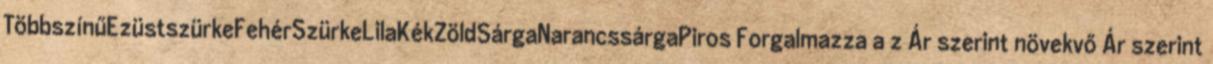
TöbbszínűEzüstszürkeFehérSzürkeLilaKékZöldSárgaNarancssárgaPiros Forgalmazza a z Ár szerint növekvő Ár szerint